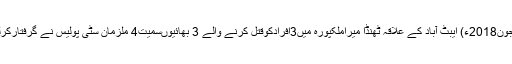
03 جون2018ء) ایبٹ آباد کے علاقہ ٹھنڈا میراملکپورہ میں3افرادکوقتل کرنے والے 3 بھائیوںسمیت4 ملزمان سٹی پولیس نے گرفتارکرلئے ۔